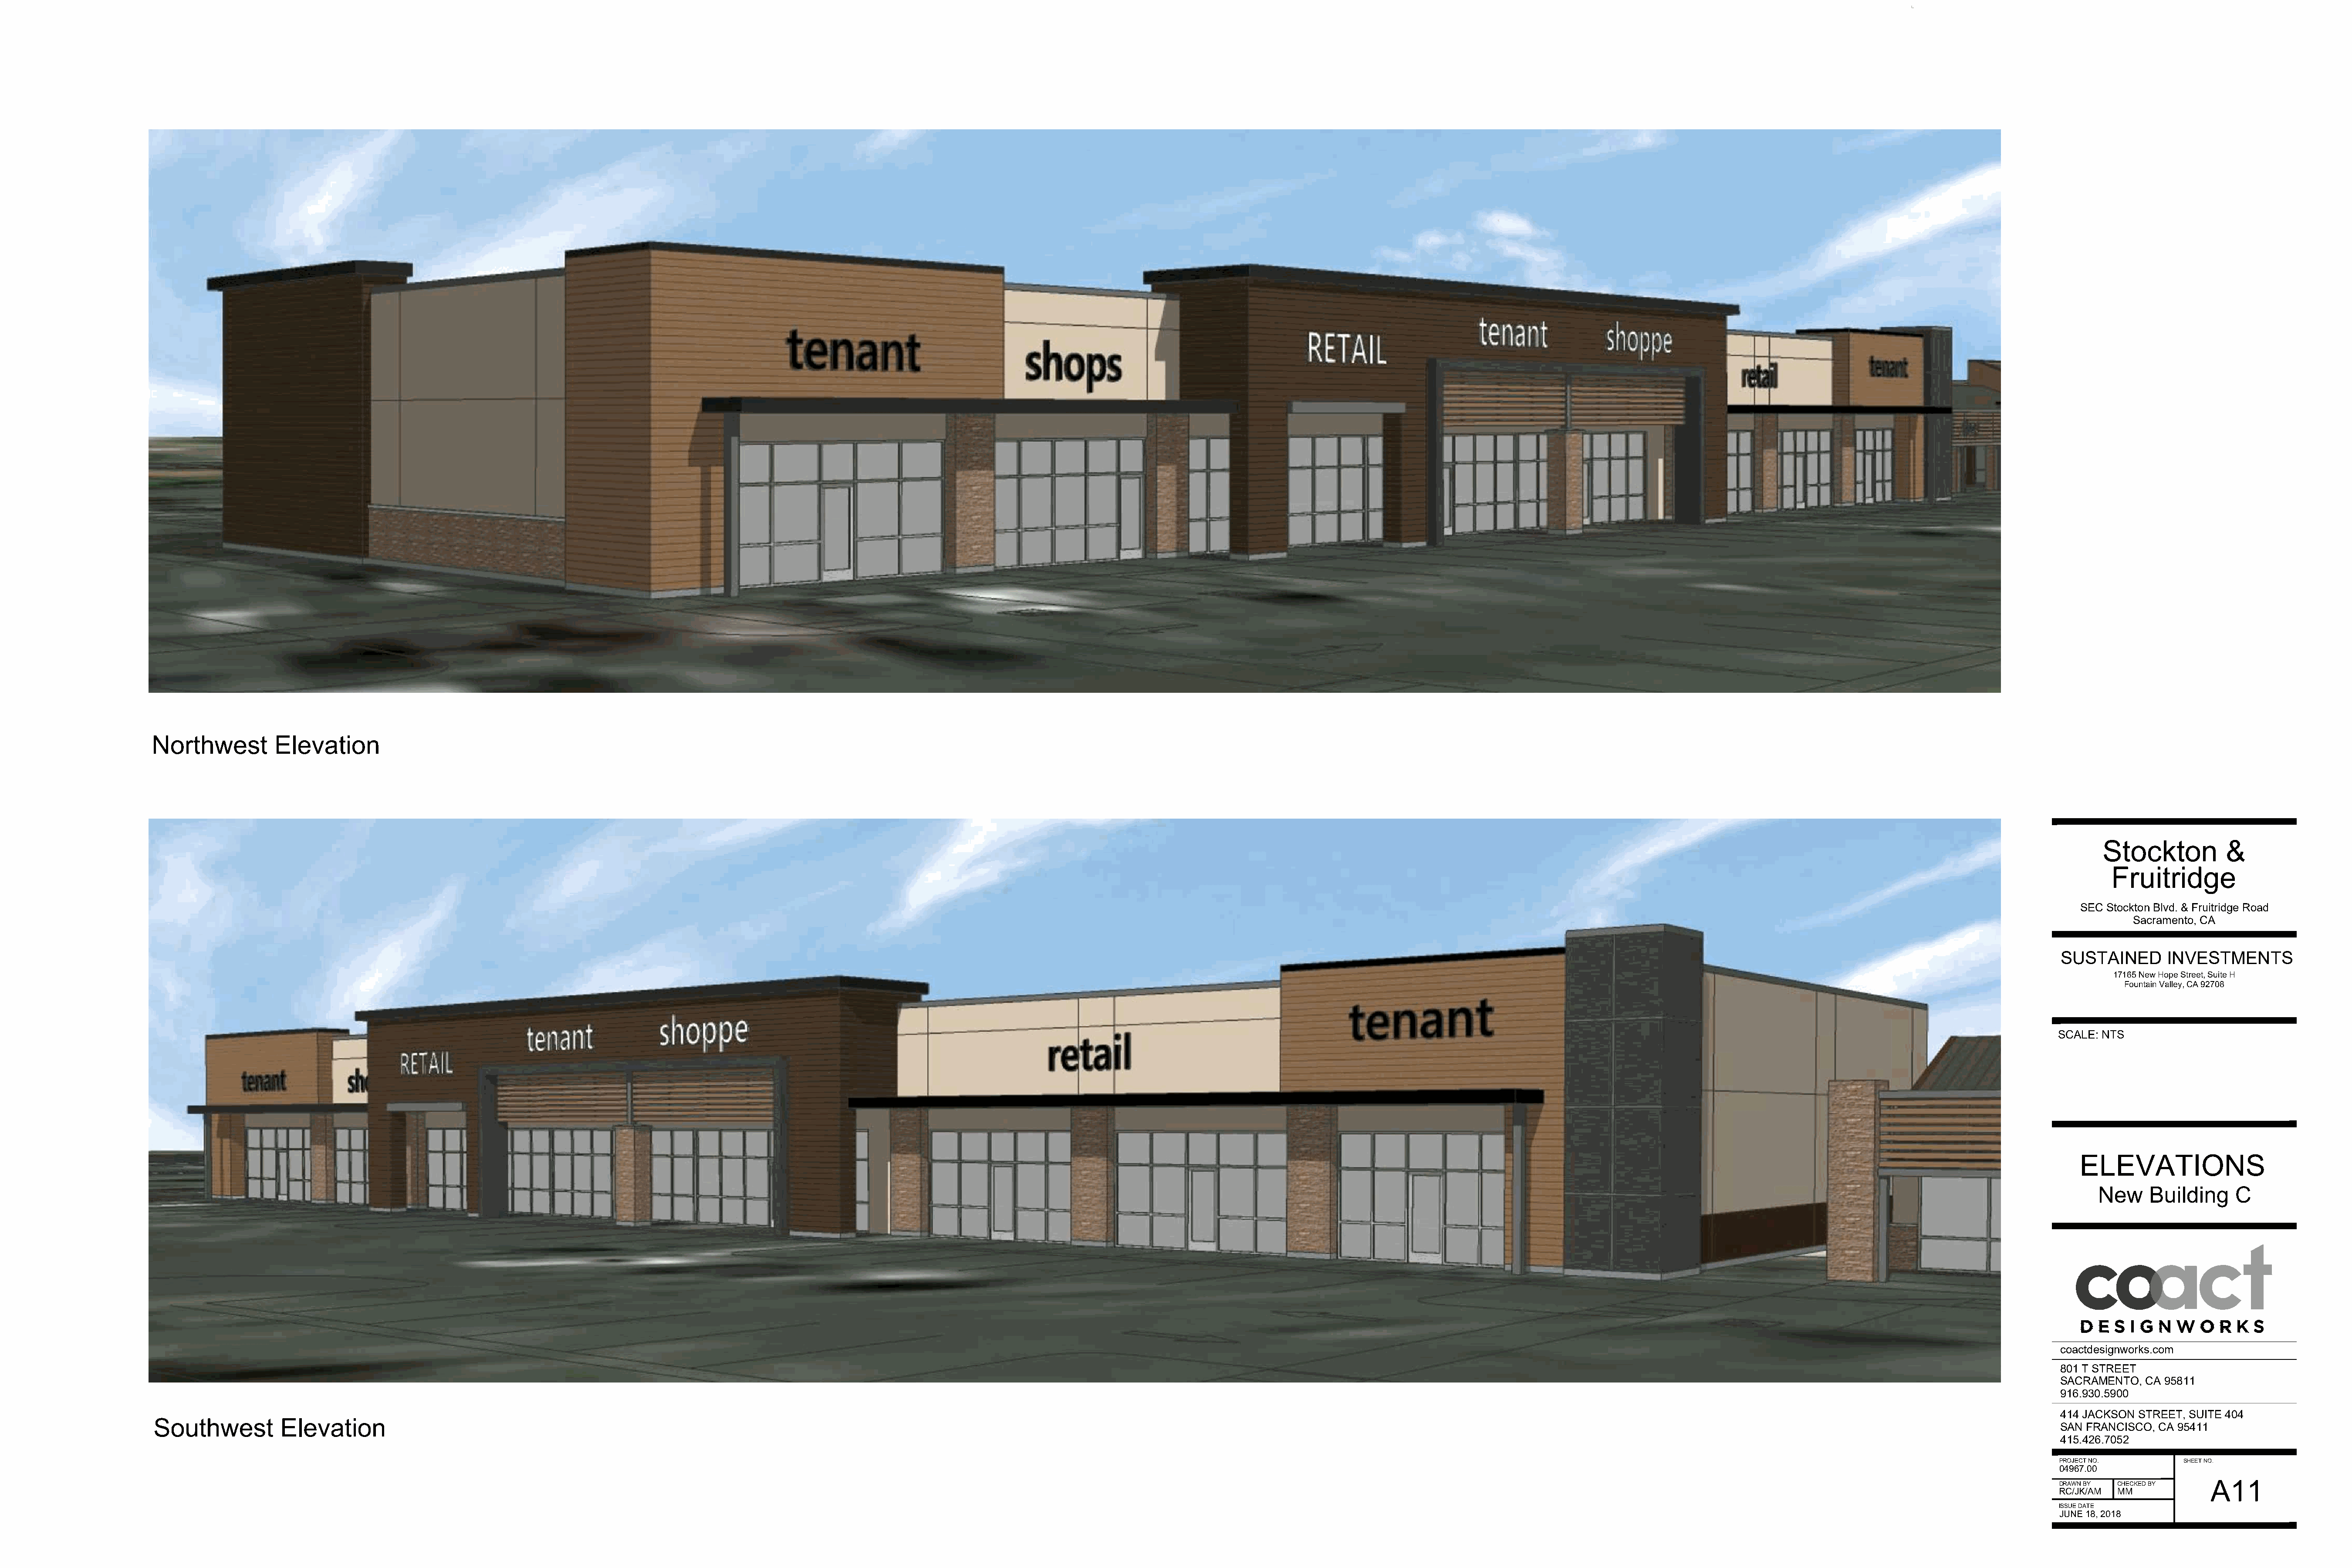
Northwest          Elevation
 Stockton          &
 Fruitridge
 SEC Stockton Blvd. & Fruitridge Road
 Sacramento, CA
 SUSTAINED       INVESTMENTS
 17165 New Hope Street, Suite H
 Fountain Valley, CA 92708
 SCALE: NTS
 ELEVATIONS
 New     Building     C
 coactdesignworks.com
 801 T STREET
 SACRAMENTO,  CA 95811
 916.930.5900
 414 JACKSON STREET, SUITE 404
 Southwest           Elevation
 SAN FRANCISCO, CA 95411
 415.426.7052
 PROJECT NO.        SHEET NO.
 04967.00
 A11
 DRAWN BY CHECKED BY
 RCJKAM   MM
 ISSUE DATE
 JUNE 18, 2018